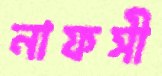
নাফসী